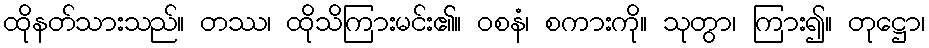
ထိုနတ်သားသည်။ တဿ၊ ထိုသိကြားမင်း၏။ ဝစနံ၊ စကားကို။ သုတွာ၊ ကြား၍။ တုဋ္ဌော၊